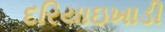
દરિયાઇખાડી